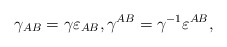
\begin{align*}\gamma _{AB}=\gamma \varepsilon _{AB},\gamma ^{AB}=\gamma^{-1}\varepsilon ^{AB}, \end{align*}